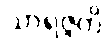
သာရဇ္ဇတိ